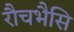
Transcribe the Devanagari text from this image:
रौचभैसि